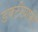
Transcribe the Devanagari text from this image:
डक्टोग्राफी